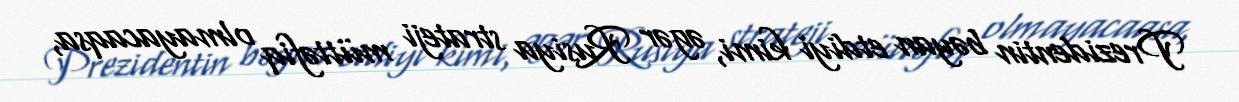
Prezidentin bəyan etdiyi kimi, əgər Rusiya strateji müttəfiq olmayacaqsa,